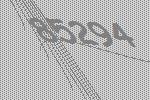
85294